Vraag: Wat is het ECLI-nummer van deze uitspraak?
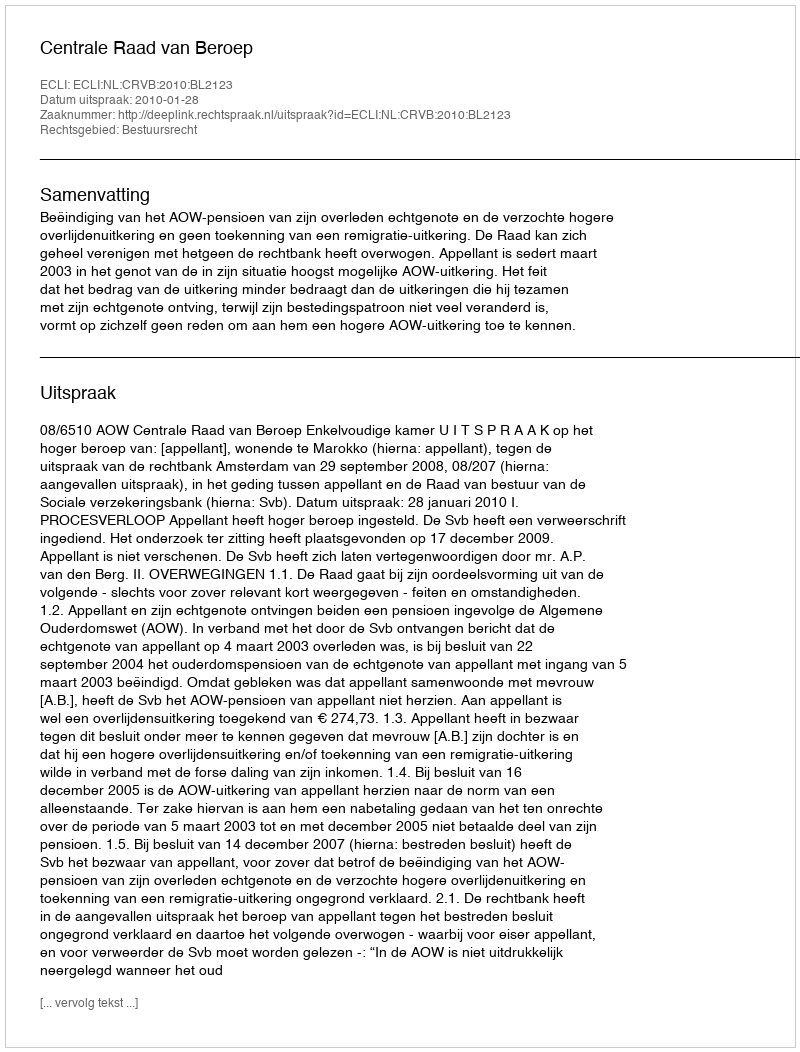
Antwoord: ECLI:NL:CRVB:2010:BL2123